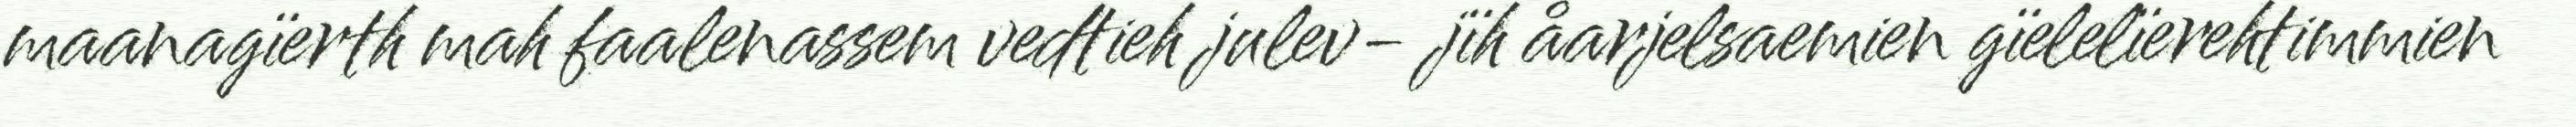
maanagïerth mah faalenassem vedtieh julev- jïh åarjelsaemien gïelelïerehtimmien